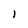
Character: 1